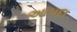
આપદા